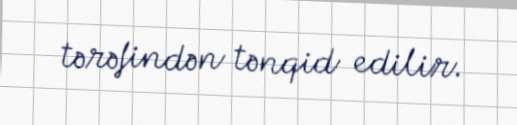
tərəfindən tənqid edilir.